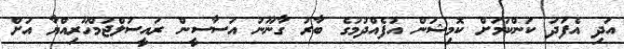
އަދި އެފަދަ ކަންކަމަށް ކޮމިޝަން އުފެއްދުމުގެ ބާރު ގާނޫނު އަސާސީން ރައީސުލްޖުމްހޫރިއްޔާ އަށް